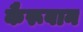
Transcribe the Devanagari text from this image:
कैरूवान